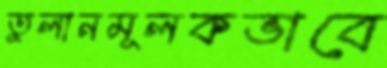
তুলানমূলকভাবে